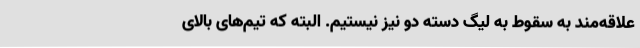
علاقه‌مند به سقوط به لیگ دسته دو نیز نیستیم. البته که تیم‌های بالای